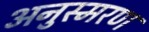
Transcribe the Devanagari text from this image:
अनुस्मरण